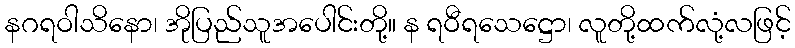
နဂရဝါသိနော၊ အိုပြည်သူအပေါင်းတို့။ န ရဝီရသေဋ္ဌော၊ လူတို့ထက်လုံ့လဖြင့်